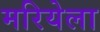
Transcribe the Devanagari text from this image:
मरियेला